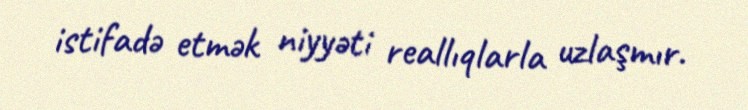
istifadə etmək niyyəti reallıqlarla uzlaşmır.